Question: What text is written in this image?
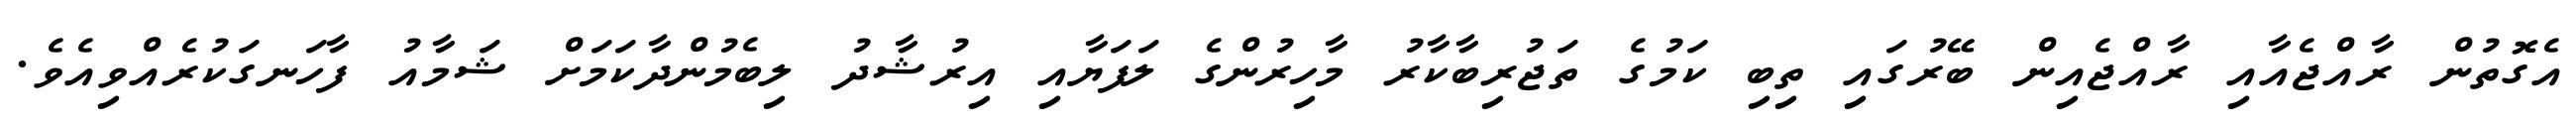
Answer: އެގޮތުން ރާއްޖެއާއި ރާއްޖެއިން ބޭރުގައި ތިބި ކަމުގެ ތަޖުރިބާކާރު މާހިރުންގެ ލަފަޔާއި އިރުޝާދު ލިބެމުންދާކަމަށް ޝަމާއު ފާހަނގަކުރެއްވިއެވެ.